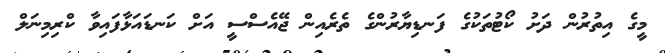
މީގެ އިތުރުން ދަށު ކޯޓުތަކުގެ ފަނޑިޔާރުންގެ ތެރެއިން ޖޭއެސްސީ އަށް ކަނޑައަޅާފައިވާ ކްރިމިނަލް